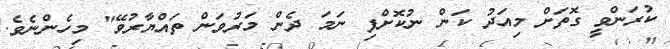
ކުރަންވީ ގޮތަށް މިއަދު ކަން ނުކޮށްފި ނަމަ ދެން މަރުވަން ތައްޔާރުވޭ" މިހެންނެވެ.